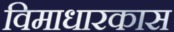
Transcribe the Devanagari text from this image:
विमाधारकास